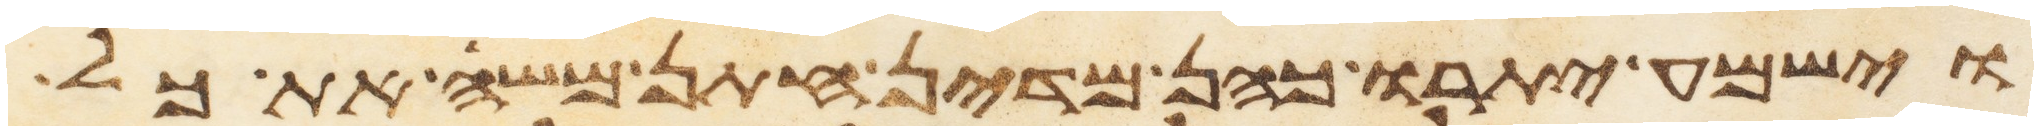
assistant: וישמע יתרו כהן מדין חתן משה את כל